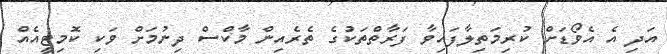
އަދި އެ އެވޯޑަށް ކުރިމަތިލާފައިވާ ފަރާތްތަކުގެ ތެރެއިން މާކްސް ދިނުމަށް ވަކި ކޮމިޓީއެއް